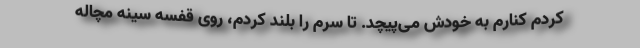
کردم کنارم به خودش می‌پیچد. تا سرم را بلند کردم، روی قفسه سینه مچاله